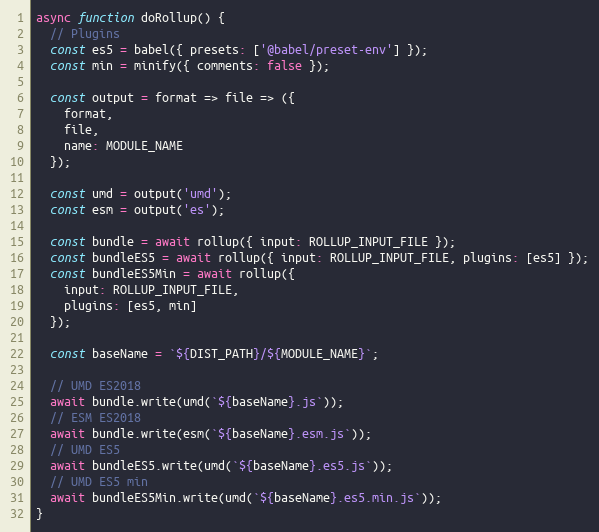
Language: JavaScript
async function doRollup() {
  // Plugins
  const es5 = babel({ presets: ['@babel/preset-env'] });
  const min = minify({ comments: false });

  const output = format => file => ({
    format,
    file,
    name: MODULE_NAME
  });

  const umd = output('umd');
  const esm = output('es');

  const bundle = await rollup({ input: ROLLUP_INPUT_FILE });
  const bundleES5 = await rollup({ input: ROLLUP_INPUT_FILE, plugins: [es5] });
  const bundleES5Min = await rollup({
    input: ROLLUP_INPUT_FILE,
    plugins: [es5, min]
  });

  const baseName = `${DIST_PATH}/${MODULE_NAME}`;

  // UMD ES2018
  await bundle.write(umd(`${baseName}.js`));
  // ESM ES2018
  await bundle.write(esm(`${baseName}.esm.js`));
  // UMD ES5
  await bundleES5.write(umd(`${baseName}.es5.js`));
  // UMD ES5 min
  await bundleES5Min.write(umd(`${baseName}.es5.min.js`));
}